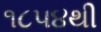
૧૮૫૪થી